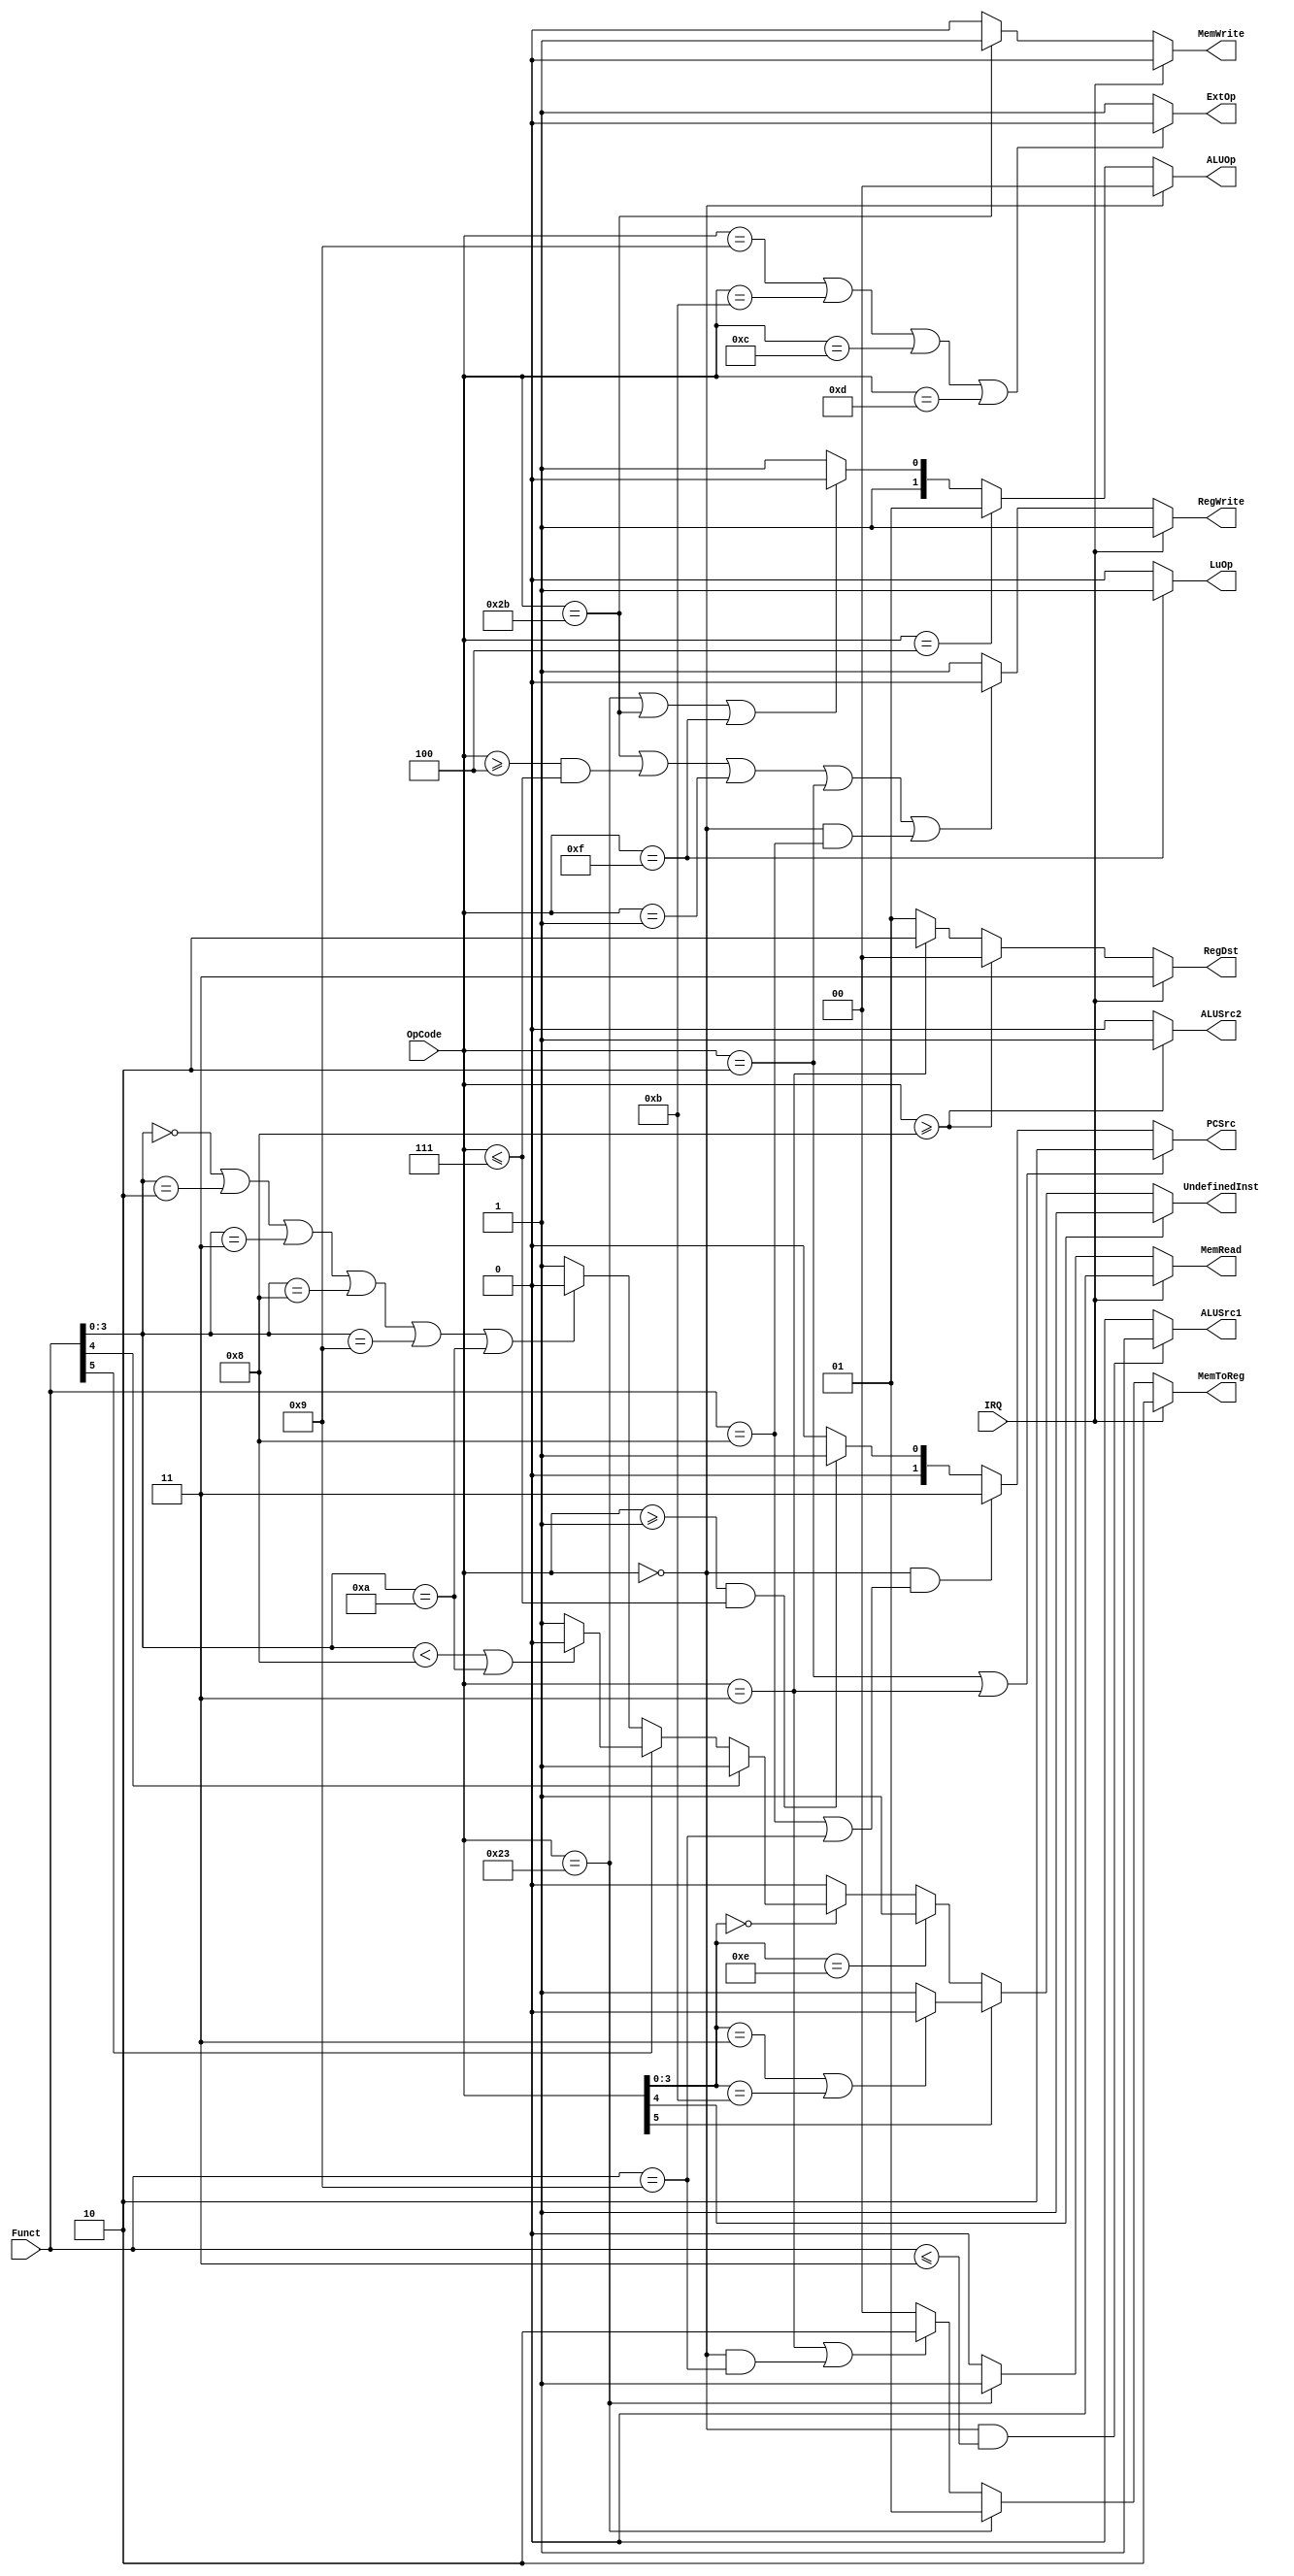
`timescale 1ns/1ps
//2013011076 Wang Han
//Single Cycle Controller
//ORI is added!

module Controller ( OpCode,
					Funct,
					IRQ,
					PCSrc,
					RegWrite,
					RegDst, 
					MemRead,
					MemWrite,
					MemToReg,
					ALUSrc1,
					ALUSrc2,
					ExtOp,
					LuOp,
					ALUOp,
					UndefinedInst);
	input  [5:0] OpCode;
	input  [5:0] Funct;
	input 	IRQ;
	output [1:0] PCSrc;
	output RegWrite;
	output [1:0] RegDst;
	output MemRead;
	output MemWrite;
	output [1:0] MemToReg;
	output ALUSrc1;
	output ALUSrc2;
	output ExtOp;
	output LuOp;
	output [1:0] ALUOp;
	output UndefinedInst;
	
	assign UndefinedInst =  (OpCode[4]) ? 1'b1 :
							(OpCode[5]) ? ((OpCode[3:0]==4'h3 || OpCode[3:0]==4'hb)?1'b0:1'b1) :
							(OpCode[3:0]==4'he) ? 1'b1 :
							(OpCode[3:0]==4'h0) ? ( (Funct[4]) ? 1'b1 :
													(Funct[5]) ? ((Funct[3:0]<4'h8 || Funct[3:0]==4'ha)?1'b0:1'b1) :
													(Funct[3:0]==4'h0 || Funct[3:0]==4'h2 || Funct[3:0]==4'h3 || Funct[3:0]==4'h8 || Funct[3:0]==4'h9 || Funct[3:0]==4'ha) ? 1'b0 : 1'b1
													) :
							1'b0;
													
	assign PCSrc =
		(OpCode == 6'h02 || OpCode == 6'h03) ? 2'b10 :
		(OpCode == 6'h00 && (Funct == 6'h08 || Funct == 6'h09)) ? 2'b11 :
		(OpCode >= 6'h01 && OpCode <= 6'h07) ? 2'b01 :
		2'b00;
		
	assign RegWrite = (IRQ) ? 1'b1 :
			(OpCode == 6'h2b || (OpCode >= 6'h04 && OpCode <= 6'h07) || OpCode == 6'h01 || OpCode == 6'h02 || (OpCode == 6'h00 && Funct == 6'h08)) ? 1'b0 : 1'b1;
			
	assign RegDst = (IRQ) ? 2'b11 :
		(OpCode >= 6'h08) ? 2'b00 :
		(OpCode == 6'h03) ? 2'b10 :
		2'b01;
	
	assign MemRead = (IRQ) ? 1'b0 :
					(OpCode == 6'h23) ? 1'b1 : 1'b0;
	
	assign MemWrite = (IRQ) ? 1'b0 :
					(OpCode == 6'h2b) ? 1'b1 : 1'b0;
	
	assign MemToReg = (IRQ) ? 2'b10 :
		(OpCode == 6'h23) ? 2'b01 :
		(OpCode == 6'h03 || (OpCode == 6'h00 && Funct == 6'h09)) ? 2'b10 :
		2'b00;
		
	assign ALUSrc1 = (OpCode == 6'h00 && Funct <= 6'h03) ? 1'b1 : 1'b0;
	assign ALUSrc2 = (OpCode >= 6'h08) ? 1'b1 : 1'b0;
	
	assign ExtOp = (OpCode == 6'h09 || OpCode == 6'h0b || OpCode == 6'h0c || OpCode == 6'h0d) ? 1'b0 : 1'b1;
	
	assign LuOp = (OpCode == 6'h0f) ? 1'b1 : 1'b0;
	
	assign ALUOp = (OpCode == 6'h00)? 2'b00: 
				(OpCode == 6'h04)? 2'b01: 
				(OpCode == 6'h23 || OpCode == 6'h2b || OpCode == 6'h0f)? 2'b10: 
				2'b11;
		
endmodule